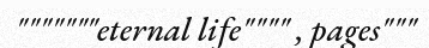
"""""""eternal life"""" , pages"""